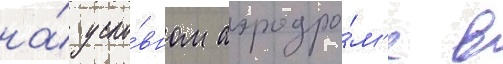
на́ усло́вном аэродро́м'е в